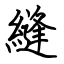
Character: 縫